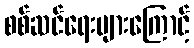
စစ်ဆင်ရေးများကြောင့်